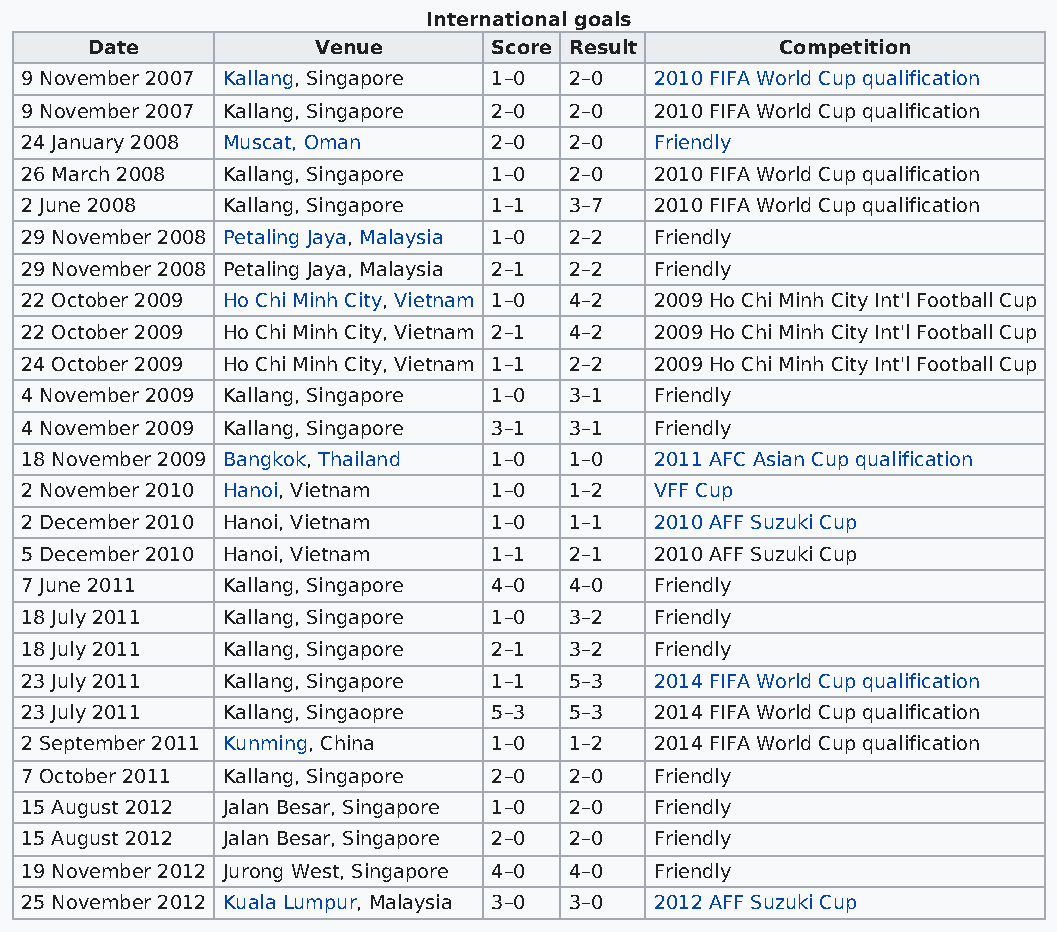
International goals
 Date           Venue       Score Result       Competition
 9 November 2007 Kallang, Singapore 1–0 2–0 2010 FIFA World Cup qualification
 9 November 2007 Kallang, Singapore 2–0 2–0 2010 FIFA World Cup qualification
 24 January 2008 Muscat, Oman    2–0  2–0  Friendly
 26 March 2008 Kallang, Singapore 1–0 2–0  2010 FIFA World Cup qualification
 2 June 2008   Kallang, Singapore 1–1 3–7  2010 FIFA World Cup qualification
 29 November 2008 Petaling Jaya, Malaysia 1–0 2–2 Friendly
 29 November 2008 Petaling Jaya, Malaysia 2–1 2–2 Friendly
 22 October 2009 Ho Chi Minh City, Vietnam 1–0 4–2 2009 Ho Chi Minh City Int'l Football Cup
 22 October 2009 Ho Chi Minh City, Vietnam 2–1 4–2 2009 Ho Chi Minh City Int'l Football Cup
 24 October 2009 Ho Chi Minh City, Vietnam 1–1 2–2 2009 Ho Chi Minh City Int'l Football Cup
 4 November 2009 Kallang, Singapore 1–0 3–1 Friendly
 4 November 2009 Kallang, Singapore 3–1 3–1 Friendly
 18 November 2009 Bangkok, Thailand 1–0 1–0 2011 AFC Asian Cup qualification
 2 November 2010 Hanoi, Vietnam  1–0  1–2  VFF Cup
 2 December 2010 Hanoi, Vietnam  1–0  1–1  2010 AFF Suzuki Cup
 5 December 2010 Hanoi, Vietnam  1–1  2–1  2010 AFF Suzuki Cup
 7 June 2011   Kallang, Singapore 4–0 4–0  Friendly
 18 July 2011  Kallang, Singapore 1–0 3–2  Friendly
 18 July 2011  Kallang, Singapore 2–1 3–2  Friendly
 23 July 2011  Kallang, Singapore 1–1 5–3  2014 FIFA World Cup qualification
 23 July 2011  Kallang, Singaopre 5–3 5–3  2014 FIFA World Cup qualification
 2 September 2011 Kunming, China 1–0  1–2  2014 FIFA World Cup qualification
 7 October 2011 Kallang, Singapore 2–0 2–0 Friendly
 15 August 2012 Jalan Besar, Singapore 1–0 2–0 Friendly
 15 August 2012 Jalan Besar, Singapore 2–0 2–0 Friendly
 19 November 2012 Jurong West, Singapore 4–0 4–0 Friendly
 25 November 2012 Kuala Lumpur, Malaysia 3–0 3–0 2012 AFF Suzuki Cup